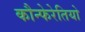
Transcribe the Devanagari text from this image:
कौन्फेरेतियो